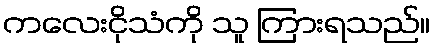
ကလေးငိုသံကို သူ ကြားရသည်။